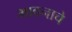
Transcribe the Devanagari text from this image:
भावनाचे